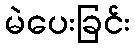
မဲပေးခြင်း